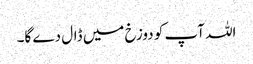
اللہ آپ کو دوزخ میں ڈال دے گا۔